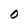
Character: O